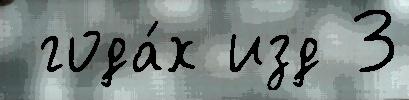
 года́х изд 3